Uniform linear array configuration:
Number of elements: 32
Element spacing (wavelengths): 0.5
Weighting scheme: exponential
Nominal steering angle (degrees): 60
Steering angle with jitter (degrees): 60.553
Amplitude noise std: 0.05
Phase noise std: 0.05

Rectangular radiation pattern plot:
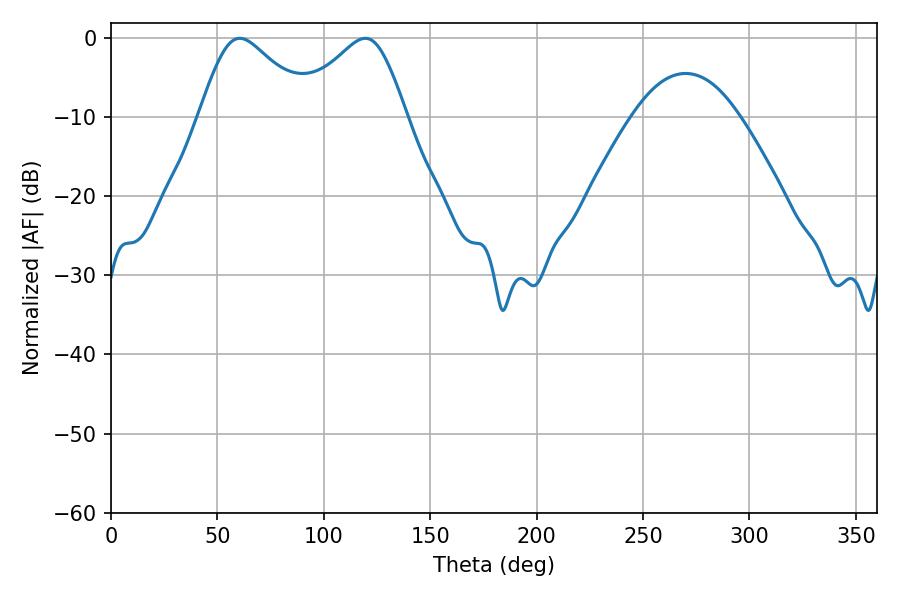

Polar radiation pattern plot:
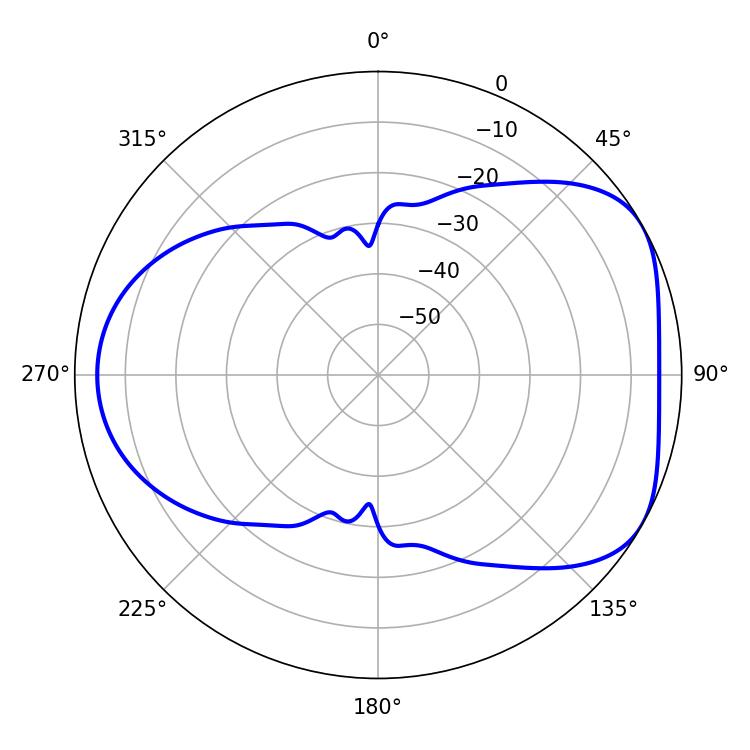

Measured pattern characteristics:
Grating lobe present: FALSE
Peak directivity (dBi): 4.866
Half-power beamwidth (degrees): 26.1
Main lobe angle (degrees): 60.48